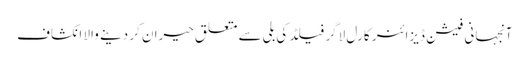
آنجہانی فیشن ڈیزائنر کارل لاگر فیلڈ کی بلی سے متعلق حیران کر دینے والا انکشاف